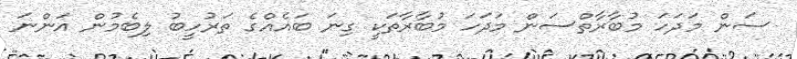
ސަން މަދަހަ މުބާރާތްސަން މަދަހަ މުބާރާތަކީ ގިނަ ބައެއްގެ ތަރުހީބު ލިބެމުން އަންނަ